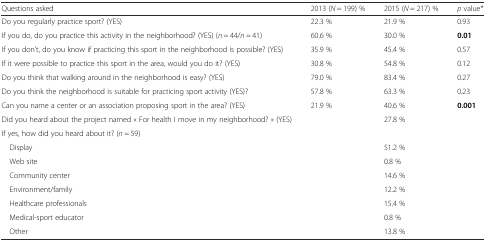
<table><thead><tr><td><b>Questions asked</b></td><td><b>2013 (<i>N</i> = 199) %</b></td><td><b>2015 (<i>N</i> = 217) %</b></td><td><b><i>p</i> value*</b></td></tr></thead><tbody><tr><td>Do you regularly practice sport? (YES)</td><td>22.3 %</td><td>21.9 %</td><td>0.93</td></tr><tr><td>If you do, do you practice this activity in the neighborhood? (YES) (<i>n</i> = 44/<i>n</i> = 41)</td><td>60.6 %</td><td>30.0 %</td><td><b>0.01</b></td></tr><tr><td>If you don’t, do you know if practicing this sport in the neighborhood is possible? (YES)</td><td>35.9 %</td><td>45.4 %</td><td>0.57</td></tr><tr><td>If it were possible to practice this sport in the area, would you do it? (YES)</td><td>30.8 %</td><td>54.8 %</td><td>0.12</td></tr><tr><td>Do you think that walking around in the neighborhood is easy? (YES)</td><td>79.0 %</td><td>83.4 %</td><td>0.27</td></tr><tr><td>Do you think the neighborhood is suitable for practicing sport activity (YES)?</td><td>57.8 %</td><td>63.3 %</td><td>0.23</td></tr><tr><td>Can you name a center or an association proposing sport in the area? (YES)</td><td>21.9 %</td><td>40.6 %</td><td><b>0.001</b></td></tr><tr><td>Did you heard about the project named « For health I move in my neighborhood? » (YES)</td><td></td><td>27.8 %</td><td></td></tr><tr><td colspan="4">If yes, how did you heard about it? (<i>n</i> = 59)</td></tr><tr><td> Display</td><td></td><td>51.2 %</td><td></td></tr><tr><td> Web site</td><td></td><td>0.8 %</td><td></td></tr><tr><td> Community center</td><td></td><td>14.6 %</td><td></td></tr><tr><td> Environment/family</td><td></td><td>12.2 %</td><td></td></tr><tr><td> Healthcare professionals</td><td></td><td>15.4 %</td><td></td></tr><tr><td> Medical-sport educator</td><td></td><td>0.8 %</td><td></td></tr><tr><td> Other</td><td></td><td>13.8 %</td><td></td></tr></tbody></table>